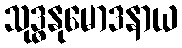
သုဒ္ဓနုမောဒနာယ